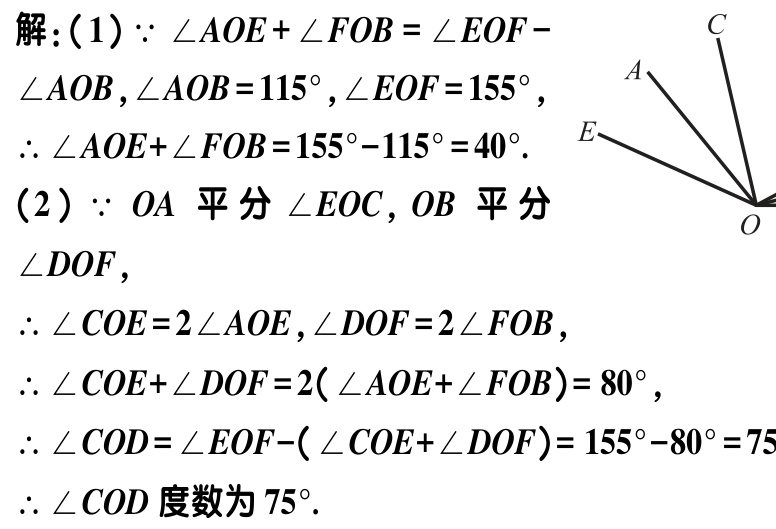
解：(1) $\because \angle AOE + \angle FOB = \angle EOF - \angle AOB$, $\angle AOB = 115^{\circ}$, $\angle EOF = 155^{\circ}$,

$\therefore \angle AOE+\angle FOB = 155^{\circ}-115^{\circ}=40^{\circ}$.

(2) $\because OA$ 平分 $\angle EOC$, $OB$ 平分 $\angle DOF$,

$\therefore \angle COE = 2\angle AOE$, $\angle DOF = 2\angle FOB$,

$\therefore \angle COE+\angle DOF = 2(\angle AOE+\angle FOB)= 80^{\circ}$,

$\therefore \angle COD = \angle EOF-(\angle COE+\angle DOF)= 155^{\circ}-80^{\circ}=75^{\circ}$.

$\therefore \angle COD$ 度数为 $75^{\circ}$.